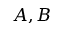
A , B